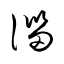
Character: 湽